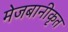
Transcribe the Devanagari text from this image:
मेजबानीकृत